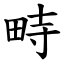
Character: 畤